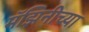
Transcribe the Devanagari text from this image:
मॅझिनीच्या